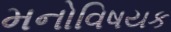
મનોવિષયક